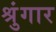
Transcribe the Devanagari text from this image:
श्रुंगार